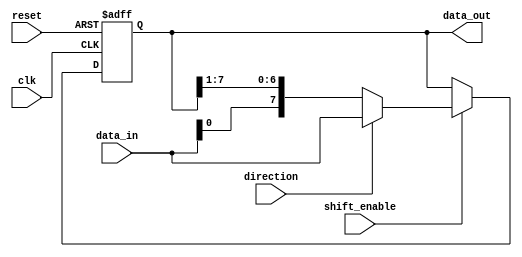
module bidirectional_shift_register (
    input wire clk,
    input wire reset,
    input wire direction, // 0 for right shift, 1 for left shift
    input wire shift_enable,
    input wire [DATA_WIDTH-1:0] data_in,
    output reg [DATA_WIDTH-1:0] data_out
);

parameter DATA_WIDTH = 8;
reg [DATA_WIDTH-1:0] shift_reg;

always @(posedge clk or posedge reset) begin
    if (reset) begin
        shift_reg <= 0;
    end else if (shift_enable) begin
        if (direction) begin // left shift
            shift_reg <= {shift_reg[DATA_WIDTH-2:0], data_in};
        end else begin // right shift
            shift_reg <= {data_in, shift_reg[DATA_WIDTH-1:1]};
        end
    end
end

assign data_out = shift_reg;

endmodule